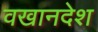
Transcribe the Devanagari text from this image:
वखानदेश